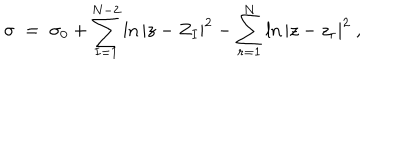
\sigma \; = \; \sigma _ { 0 } + \sum _ { I = 1 } ^ { N - 2 } \ln | z - Z _ { I } | ^ { 2 } - \sum _ { r = 1 } ^ { N } \ln | z - z _ { r } | ^ { 2 } \ ,